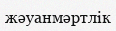
жәуанмәртлік